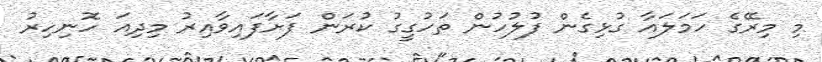
މި މިރޭގެ ހަމަލައާ ގުޅިގެން ފުލުހުން ތަހުގީގު ކުރަން ފަށާފައިވާއިރު މިދިއަ ހޮނިހިރު